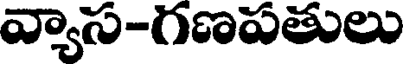
వ్యాస-గణపతులు